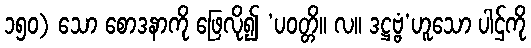
၁၅၀) သော စောဒနာကို ဖြေလို၍ ‘ပဝတ္တိ။ လ။ ဒဋ္ဌဗ္ဗံ’ဟူသော ပါဌ်ကို